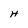
Character: H